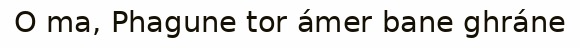
O ma, Phagune tor ámer bane ghráne